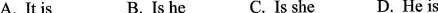
A.It isB. Is he C. Is she D. He is